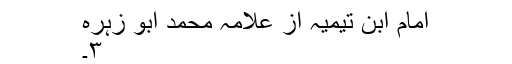
امام ابن تیمیہ از علامہ محمد ابو زہرہ
٣۔